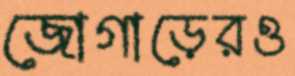
জোগাড়েরও